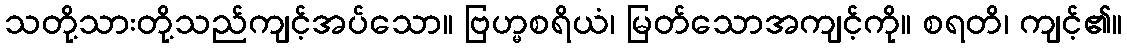
သတို့သားတို့သည်ကျင့်အပ်သော။ ဗြဟ္မစရိယံ၊ မြတ်သောအကျင့်ကို။ စရတိ၊ ကျင့်၏။